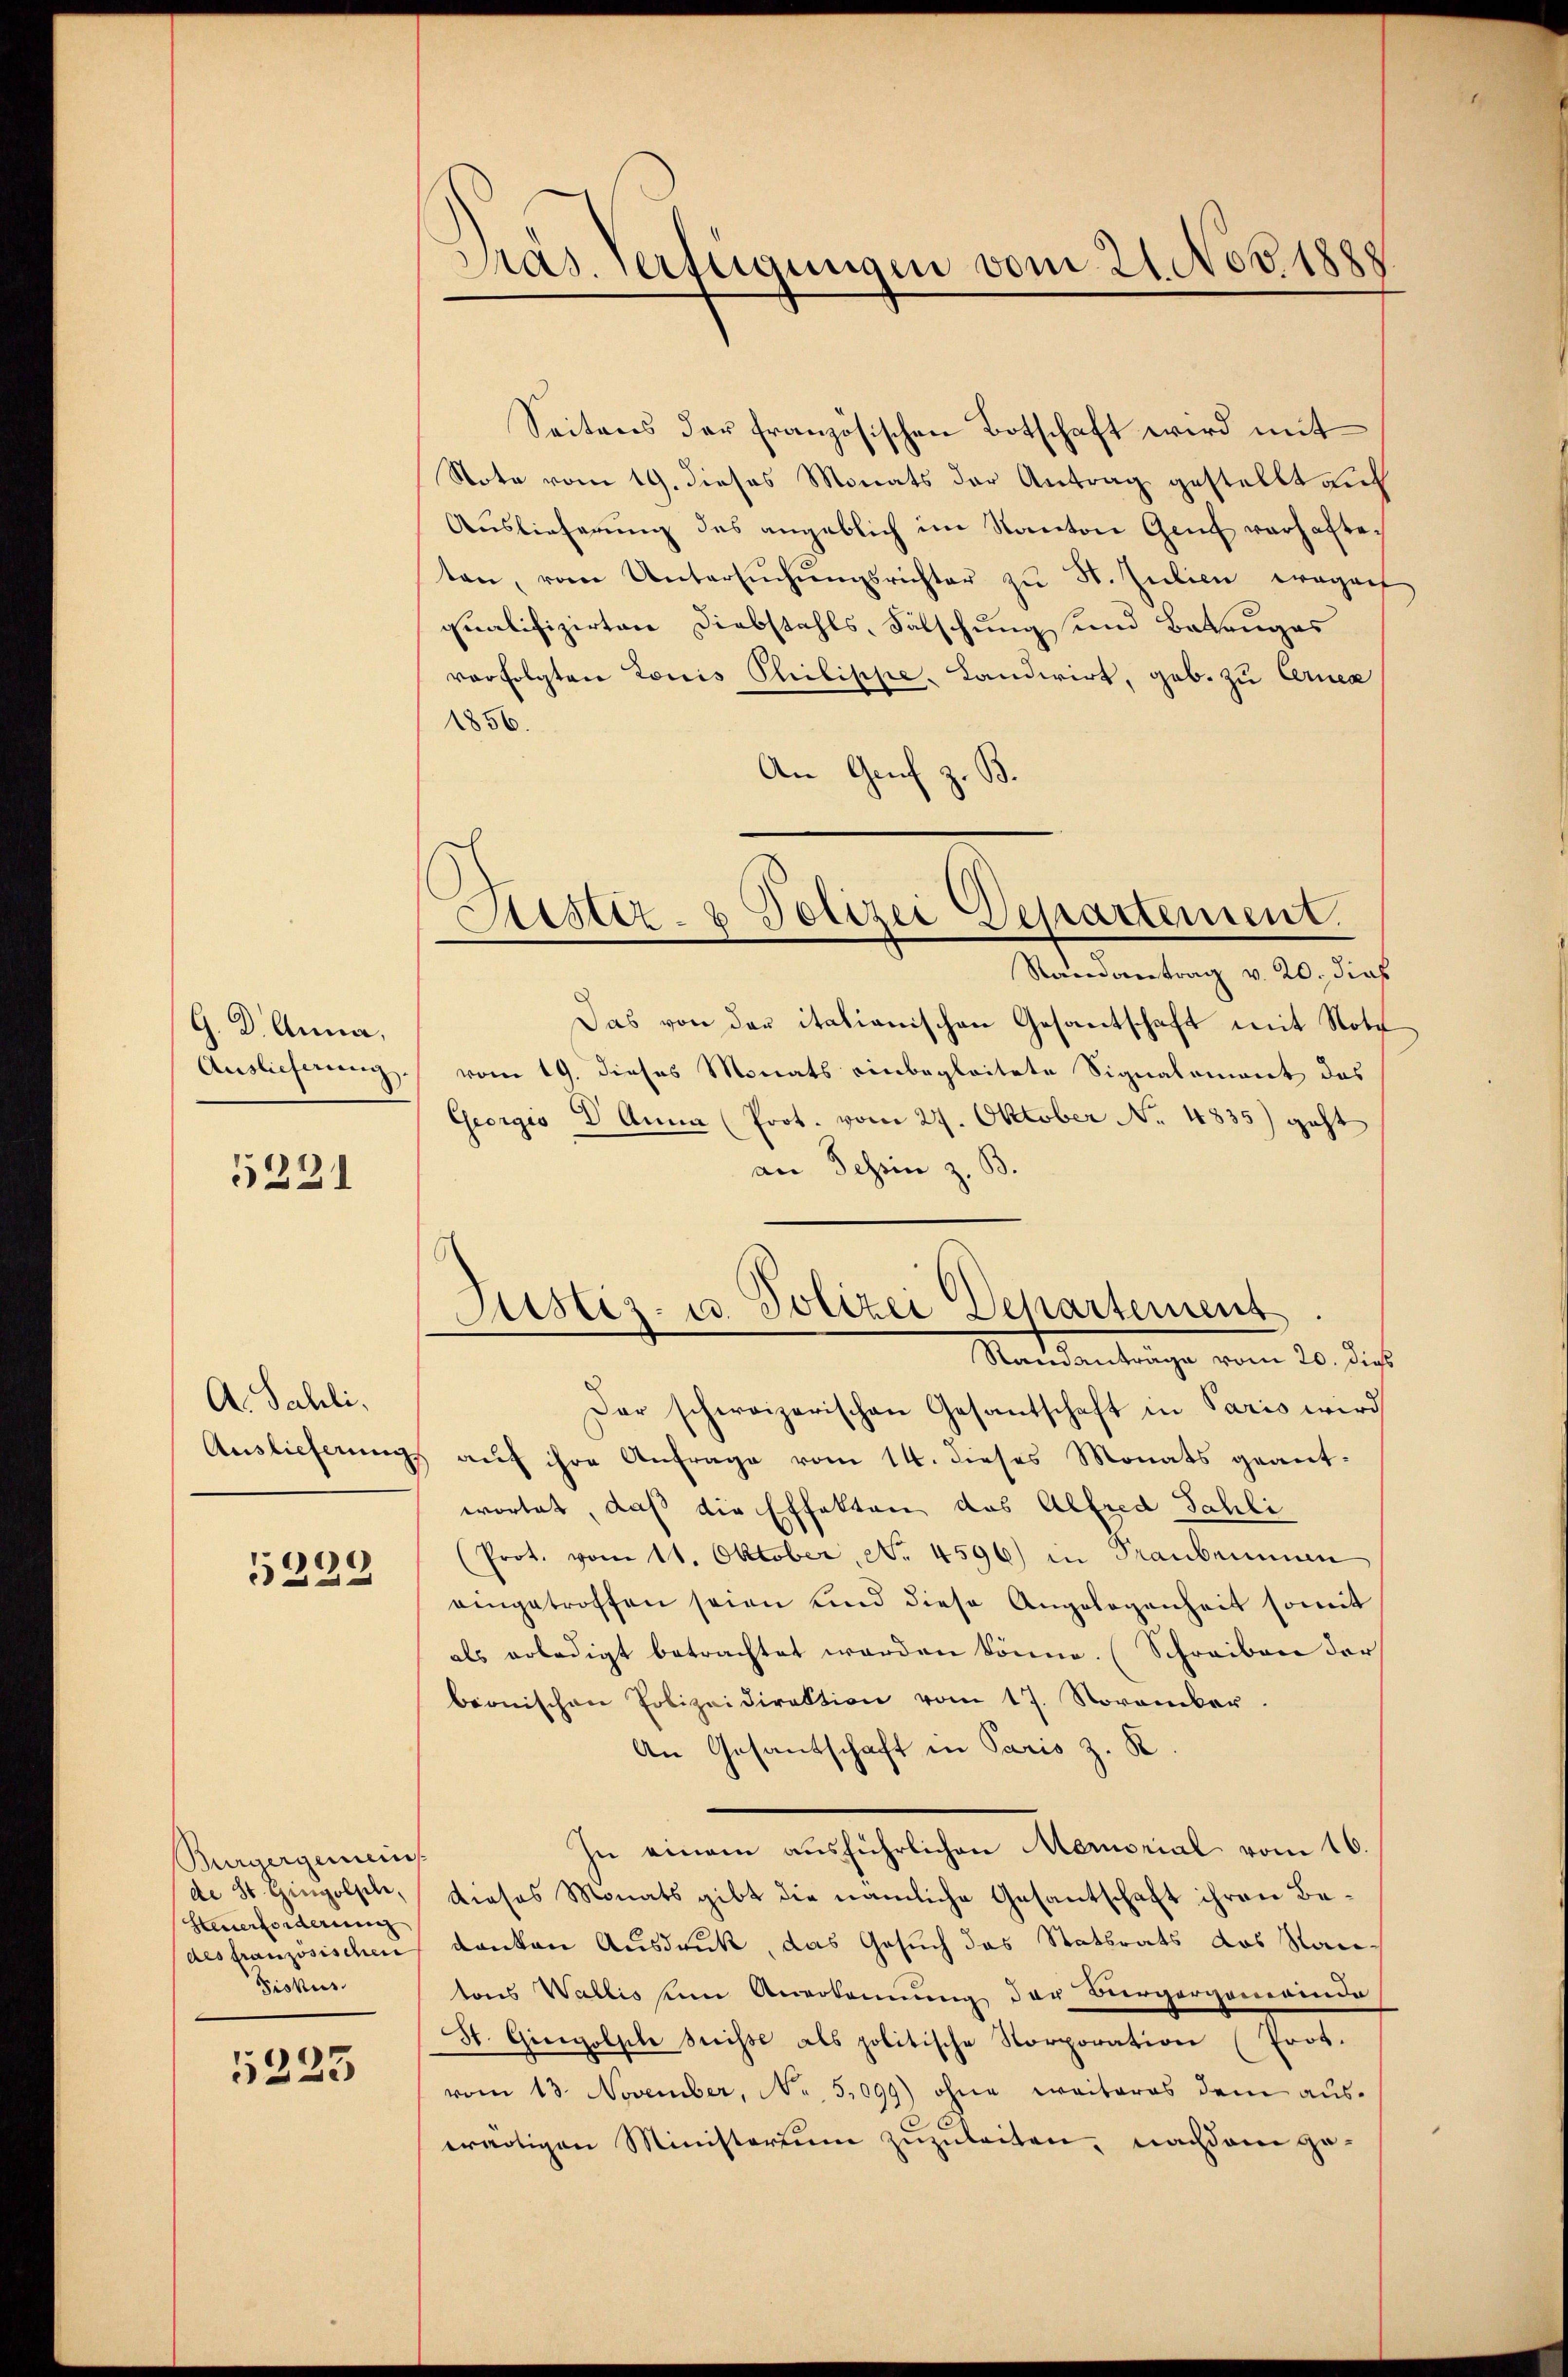
G. Dr. Anna,
Auslieferung

5221

A. Sahli.
Auslieferung

5229

Bürgergemein
de St. Gingoljeli,
Steuerforderung
des französischen
Fiskus

5223

Präs. Verfügungen vom 21. Nov. 1888

Seitens der französischen Botschaft wird mit
Note vom 19. dieses Monats der Antrag gestellt auf
Auslieferung des angeblich im Kanton Genf verhafteten, vom Untersŭchŭngsrichter zŭ St. Julien ergan
qualifizirten Diebstahls, Fälschung und Battauges
vorfolgten Louis Philippe-Landwirt, geb. zu Arnea
1856.
An Genf z. B.

Sistiz- & Polizei Departement.
Rardvertrag v. 20. dies

Justiz- u. Polizei Departemens
Randanträge vom 20. dies

Das von der italianischen Gesantschaft mit Note
vom 19. dieses Monats einbegleitete Signalement das
Georgis D Anna (Prot. vom 27. Oktober No. 4835) geht
an Tessin z. B.
Dar schweizerischen Gesantschaft in Paris wird
auf ihre Anfrage vom 14. dieses Monats geantwortet, daß die Effekten das Alfred Sahli
(Prot. vom 11. Oktober, No. 4596) in Traubrunnen
eingetroffen seien und diese Angelegenheit somit
als erledigt betrachtet werden könne. (Schreiben der
beonischen Polizeidirektion vom 17. November
An Gesantschaft in Paris z. B.
In einem aŭsführlichen Memorial vom 16.
dieses Monats gibt die nämliche Gesantschaft ihren Bedanken Ausdruck, das Gesuch das Statsrats das Rautons Wallis um Anerkennung der Bürgergemeinde
St. Gieszolple dreisse als politische Korporation (Prot.
vom 13. November, No. 5099) ohne weiteres dem auswärtigen Ministerium zuzuleiten, nachdem ge¬